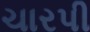
ચારપી